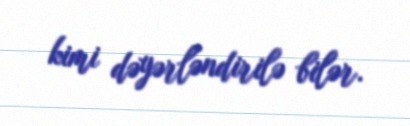
kimi dəyərləndirilə bilər.